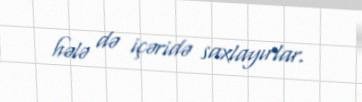
hələ də içəridə saxlayırlar.